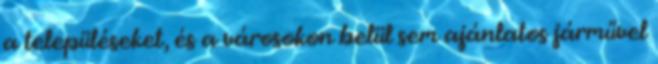
a településeket, és a városokon belül sem ajánlatos járművel